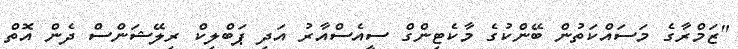
"ޒަމްރާގެ މަސައްކަތުން ބޭންކުގެ މާކެޓިންގް ސީއެސްއާރު އަދި ޕަބްލިކް ރިލޭޝަންސް ދެން އޮތް